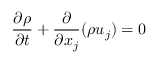
\frac { \partial \rho } { \partial t } + \frac { \partial } { \partial x _ { j } } ( \rho u _ { j } ) = 0 \mathrm { ~ }